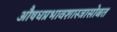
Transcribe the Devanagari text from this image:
औषधप्रभावशास्त्रासोबत